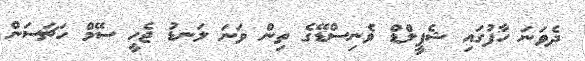
ދެވަނަ ހާފުގައި ޝެފީލްޑް ވެނިސްޑޭގެ ތިން ވަނަ ލަނޑު ޖެހީ ސޭމް ހަޗަސަން